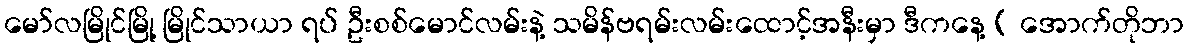
မော်လမြိုင်မြို့ မြိုင်သာယာ ရပ် ဦးစစ်မောင်လမ်းနဲ့ သမိန်ဗရမ်းလမ်းထောင့်အနီးမှာ ဒီကနေ့ ( အောက်တိုဘာ